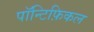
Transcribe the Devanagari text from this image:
पॉन्टिफ़िकल